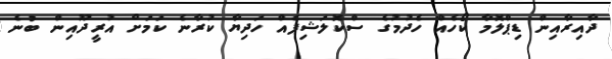
ދާއިރާއިން ޑިޕްލޮމާ ކޯހެއް ހެދުމުގެ ސްކޮލަޝިޕެއް ހަދިޔާ ކުރާނެ ކަމަށް އުރީދޫއިން ބުނެ